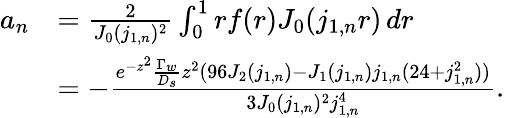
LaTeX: \begin{array}{rl}{a_{n}}&{=\frac{2}{J_{0}(j_{1,n})^{2}}\int_{0}^{1}rf(r)J_{0}(j_{1,n}r)\, dr}\\ &{=-\frac{e^{-z^{2}}\frac{\Gamma_{w}}{D_{s}}z^{2}(96J_{2}(j_{1,n})-J_{1}(j_{1,n})j_{1,n}(24+j_{1,n}^{2}))}{3J_{0}(j_{1,n})^{2}j_{1,n}^{4}}.}\end{array}